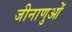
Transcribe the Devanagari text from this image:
जीनाणुओं